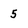
Character: 5